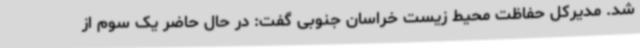
شد. مدیرکل حفاظت محیط زیست خراسان جنوبی گفت: در حال حاضر یک سوم از